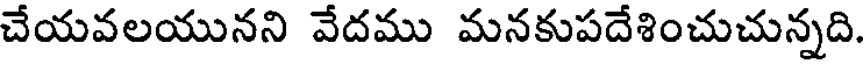
చేయవలయునని వేదము మనకుపదేశించుచున్నది.